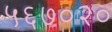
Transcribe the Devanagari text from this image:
५६७०२०